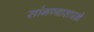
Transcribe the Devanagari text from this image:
सांगण्यासारखे